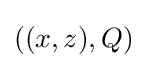
((x,z),Q)